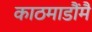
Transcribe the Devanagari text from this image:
काठमाडौंमै